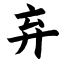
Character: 弃